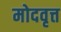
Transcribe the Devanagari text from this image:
मोदवृत्त